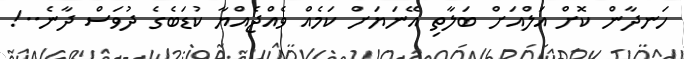
ހަނދާން ކޮށް އަލްއަށް ބަލާތި އޭނަޔަށް ކަމެއް ވެއްޖެއްޔާ ކުޑަބެގެ ދުވަސް ދާނެ..!